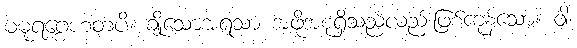
မဓုရဂ္ဂေဟတပိ၊ ချိုသောအရသာ အဖို့အစုရှိသည်လည်းဖြစ်ကုန်သော။ ဝါ၊